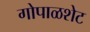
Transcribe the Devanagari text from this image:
गोपाळशेट